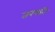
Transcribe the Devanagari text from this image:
तरपति